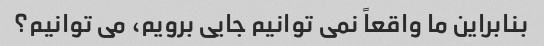
بنابراین ما واقعاً نمی توانیم جایی برویم، می توانیم؟